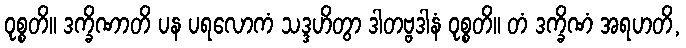
ဝုစ္စတိ။ ဒက္ခိဏာတိ ပန ပရလောကံ သဒ္ဒဟိတွာ ဒါတဗ္ဗဒါနံ ဝုစ္စတိ။ တံ ဒက္ခိဏံ အရဟတိ,